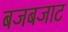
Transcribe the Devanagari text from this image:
बजबजाट